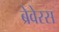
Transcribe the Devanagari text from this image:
ब्रेवेरस